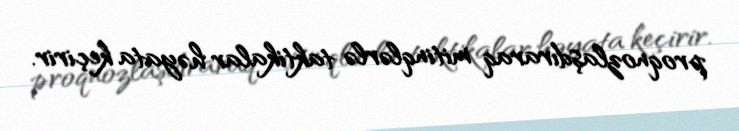
proqnozlaşdıraraq mitinqlərlə taktikalar həyata keçirir.